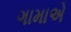
ગામાએ